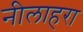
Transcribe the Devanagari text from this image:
नीलाहरा